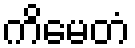
ကိမေတံ